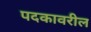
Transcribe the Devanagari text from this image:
पदकावरील